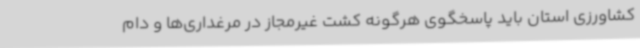
کشاورزی استان باید پاسخگوی هرگونه کشت غیرمجاز در مرغداری‌ها و دام